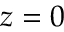
z = 0